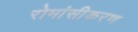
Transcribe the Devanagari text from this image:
रोमांसीकरण